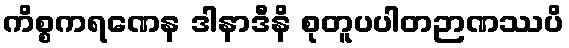
ကိစ္စကရဏေန ဒါနာဒီနိ စုတူပပါတဉာဏဿပိ